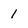
Character: 1